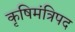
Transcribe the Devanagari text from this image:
कृषिमंत्रिपद